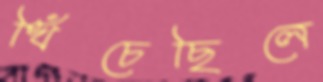
খিঁচেছিলে